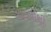
અડધીથી